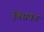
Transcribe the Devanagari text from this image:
क्सियन